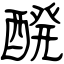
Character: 醗